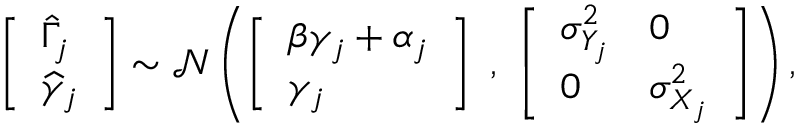
\begin{array} { r } { \left[ \begin{array} { l } { \widehat { \Gamma } _ { j } } \\ { \widehat \gamma _ { j } } \end{array} \right] \sim \mathcal { N } \left( \left[ \begin{array} { l } { \beta \gamma _ { j } + \alpha _ { j } } \\ { \gamma _ { j } } \end{array} \right] \ , \ \left[ \begin{array} { l l } { { \sigma } _ { Y _ { j } } ^ { 2 } } & { 0 } \\ { 0 } & { { \sigma } _ { X _ { j } } ^ { 2 } } \end{array} \right] \right) , } \end{array}